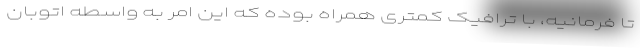
تا فرمانیه، با ترافیک کمتری همراه بوده که این امر به واسطه اتوبان